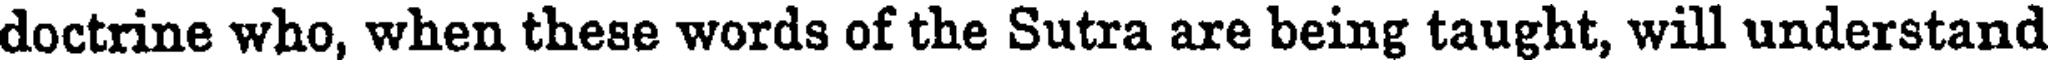
doctrine who, when these words of the Sutra are being taught, will understand